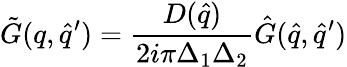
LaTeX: {\tilde{G}}(q,{\hat{q}}^{\prime})=\frac{D({\hat{q}})}{2i\pi\Delta_{1}\Delta_{2}}{\hat{G}}({\hat{q}},{\hat{q}}^{\prime})